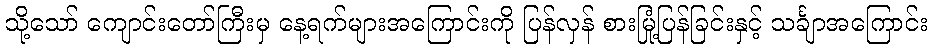
သို့သော် ကျောင်းတော်ကြီးမှ နေ့ရက်များအကြောင်းကို ပြန်လှန် စားမြုံ့ပြန်ခြင်းနှင့် သင်္ချာအကြောင်း